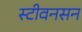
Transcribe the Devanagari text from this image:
स्टीवनसन